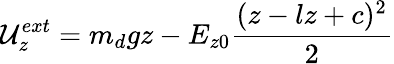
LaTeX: {\cal{U}}_{z}^{ext}={{m_{d}}gz}-{{E_{z0}}}{\frac{(z-lz+c)^{2}}{2}}